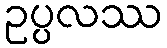
ဥပ္ပလဿ